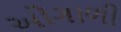
ઓગાળી